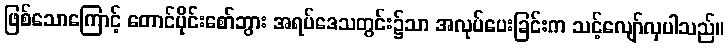
ဖြစ်သောကြောင့် တောင်ပိုင်းစော်ဘွား အရပ်ဒေသတွင်း၌သာ အလုပ်ပေးခြင်းက သင့်လျော်လှပါသည်။